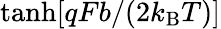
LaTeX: \operatorname{tanh}[qFb/(2k_{\mathrm{B}}T)]